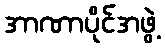
အာဏာပိုင်အဖွဲ့